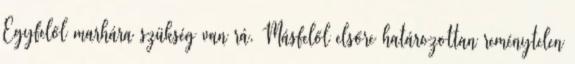
Egyfelől marhára szükség van rá. Másfelől elsőre határozottan reménytelen